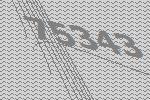
75343